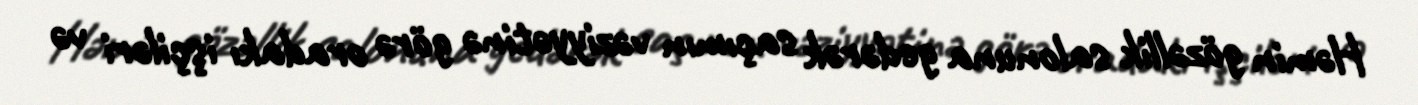
Həmin gözəllik salonuna gedərək saçımın vəziyyətinə görə oradakı işçiləri və